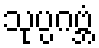
သုပ္ပဂဗ္ဘံ